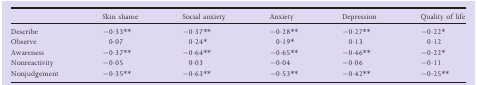
<table><thead><tr><td></td><td><b>Skin shame</b></td><td><b>Social anxiety</b></td><td><b>Anxiety</b></td><td><b>Depression</b></td><td><b>Quality of life</b></td></tr></thead><tbody><tr><td>Describe</td><td>−0·33**</td><td>−0·37**</td><td>−0·28**</td><td>−0·27**</td><td>−0·22*</td></tr><tr><td>Observe</td><td>0·07</td><td>0·24*</td><td>0·19*</td><td>0·13</td><td>0·12</td></tr><tr><td>Awareness</td><td>−0·37**</td><td>−0·64**</td><td>−0·65**</td><td>−0·46**</td><td>−0·22*</td></tr><tr><td>Nonreactivity</td><td>−0·05</td><td>0·03</td><td>−0·04</td><td>−0·06</td><td>−0·11</td></tr><tr><td>Nonjudgement</td><td>−0·35**</td><td>−0·63**</td><td>−0·53**</td><td>−0·42**</td><td>−0·25**</td></tr></tbody></table>